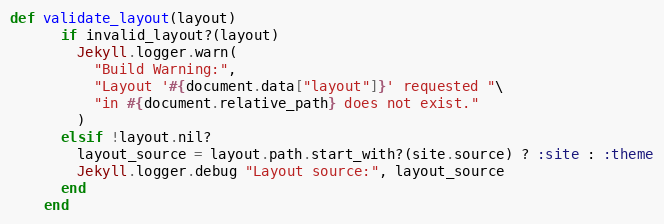
Language: Ruby
def validate_layout(layout)
      if invalid_layout?(layout)
        Jekyll.logger.warn(
          "Build Warning:",
          "Layout '#{document.data["layout"]}' requested "\
          "in #{document.relative_path} does not exist."
        )
      elsif !layout.nil?
        layout_source = layout.path.start_with?(site.source) ? :site : :theme
        Jekyll.logger.debug "Layout source:", layout_source
      end
    end